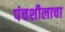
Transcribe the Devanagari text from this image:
पंचशीलाचा